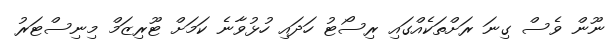
ނޫން ވެސް ގިނަ ރަށްތަކެއްގައި ރިސޯޓު ހަދައި ހުޅުވާނެ ކަމަށް ޓޫރިޒަމް މިނިސްޓަރު